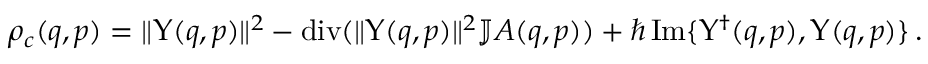
\rho _ { c } ( q , p ) = \| \Upsilon ( q , p ) \| ^ { 2 } - \operatorname { d i v } ( \| \Upsilon ( q , p ) \| ^ { 2 } \mathbb { J } \boldsymbol { \cal A } ( q , p ) ) + \hbar \operatorname { I m } \{ \Upsilon ^ { \dagger } ( q , p ) , \Upsilon ( q , p ) \} \, .